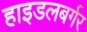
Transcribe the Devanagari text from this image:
हाइडलबर्गर